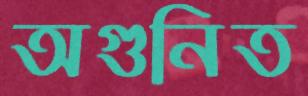
অগুনিত